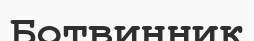
Ботвинник